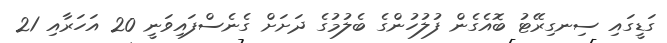
ގަޑީގައި ސިނގިރޭޓު ބޮއެގެން ފުލުހުންގެ ބެލުމުގެ ދަށަށް ގެނެސްފައިވަނީ 20 އަހަރާއި 21